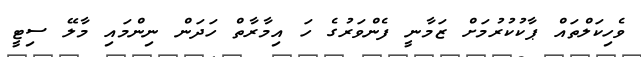
ވެހިކަލްތައް ޕާކުކުރުމަށް ޒަމާނީ ފެންވަރުގެ ހަ އިމާރާތް ހަދަން ނިންމައި މާލޭ ސިޓީ